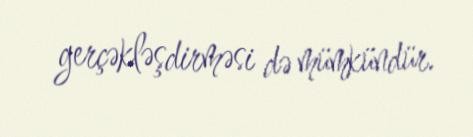
gerçəkləşdirməsi də mümkündür.